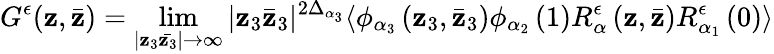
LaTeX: G^{\epsilon}(\mathbf{z},\bar{{\mathbf{z}}})=\operatorname*{lim}_{|\mathbf{z}_{3}\bar{{\mathbf{z}_{3}}}|\rightarrow\infty}|\mathbf{z}_{3}\bar{{\mathbf{z}}}_{3}|^{2\Delta_{\alpha_{3}}}\langle\phi_{\alpha_{3}}\left(\mathbf{z}_{3},\bar{{\mathbf{z}}}_{3}\right)\phi_{\alpha_{2}}\left(1\right)R_{\alpha}^{\epsilon}\left(\mathbf{z},\bar{{\mathbf{z}}}\right)R_{\alpha_{1}}^{\epsilon}\left(0\right)\rangle